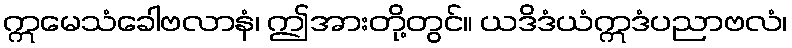
ဣမေသံခေါဗလာနံ၊ ဤအားတို့တွင်။ ယဒိဒံယံဣဒံပညာဗလံ၊